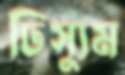
ঢিস্যুম